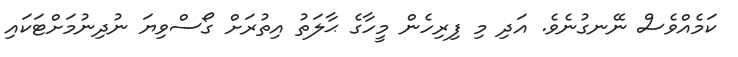
ކަމެއްވެސް ނޭނގުނެވެ. އަދި މި ފިރިހެން މީހާގެ ޙާލަތު އިތުރަށް ގޯސްވިޔަ ނުދިނުމަށްޓަކައި